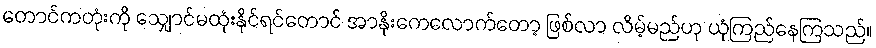
တောင်ကတုံးကို သျှောင်မထုံးနိုင်ရင်တောင် အာနိုးကေလောက်တော့ ဖြစ်လာ လိမ့်မည်ဟု ယုံကြည်နေကြသည်။